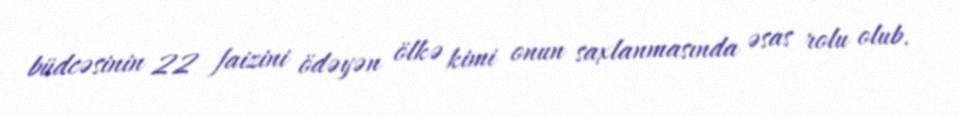
büdcəsinin 22 faizini ödəyən ölkə kimi onun saxlanmasında əsas rolu olub.